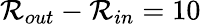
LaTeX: \mathcal{R}_{out}-\mathcal{R}_{in}=10